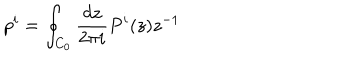
LaTeX: p ^ { i } = \oint _ { C _ { 0 } } \frac { d z } { 2 \pi i } P ^ { i } ( z ) z ^ { - 1 }